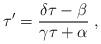
LaTeX: \begin{align*}\tau^{\prime}=\frac{\delta\tau-\beta}{\gamma\tau+\alpha}\; ,\end{align*}